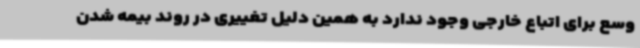
وسع برای اتباع خارجی وجود ندارد به همین دلیل تغییری در روند بیمه شدن